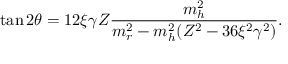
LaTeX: \tan 2 \theta = 1 2 \xi \gamma Z \frac { m _ { h } ^ { 2 } } { m _ { r } ^ { 2 } - m _ { h } ^ { 2 } ( Z ^ { 2 } - 3 6 \xi ^ { 2 } \gamma ^ { 2 } ) } .